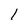
Character: l